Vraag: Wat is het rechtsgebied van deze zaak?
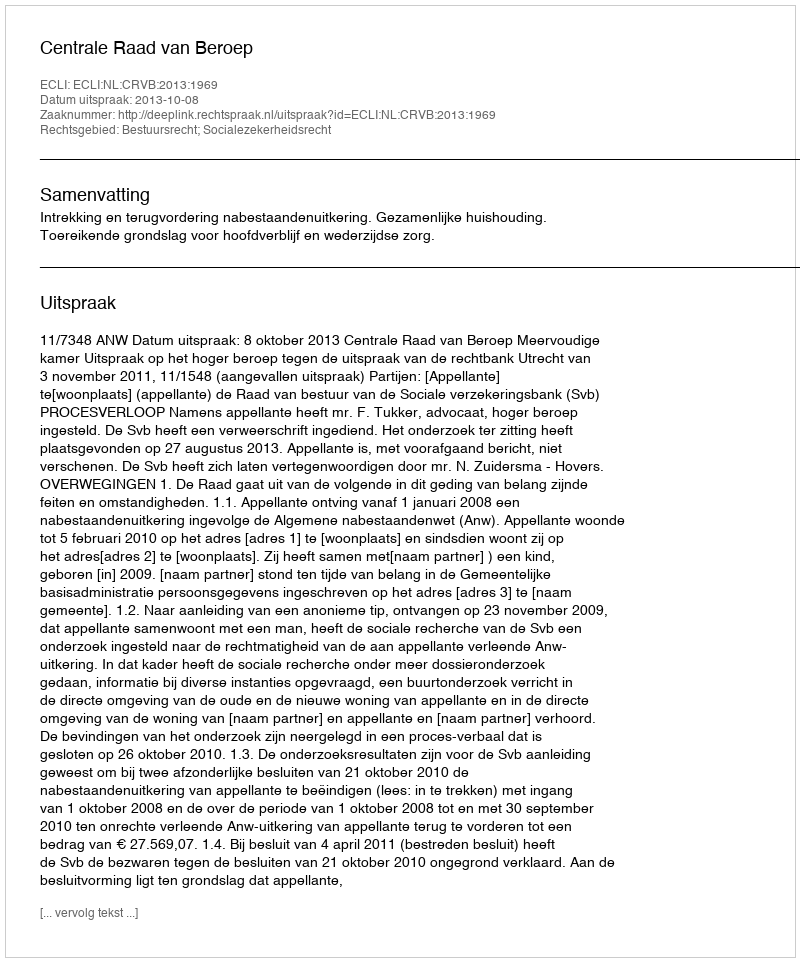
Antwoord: Bestuursrecht; Socialezekerheidsrecht